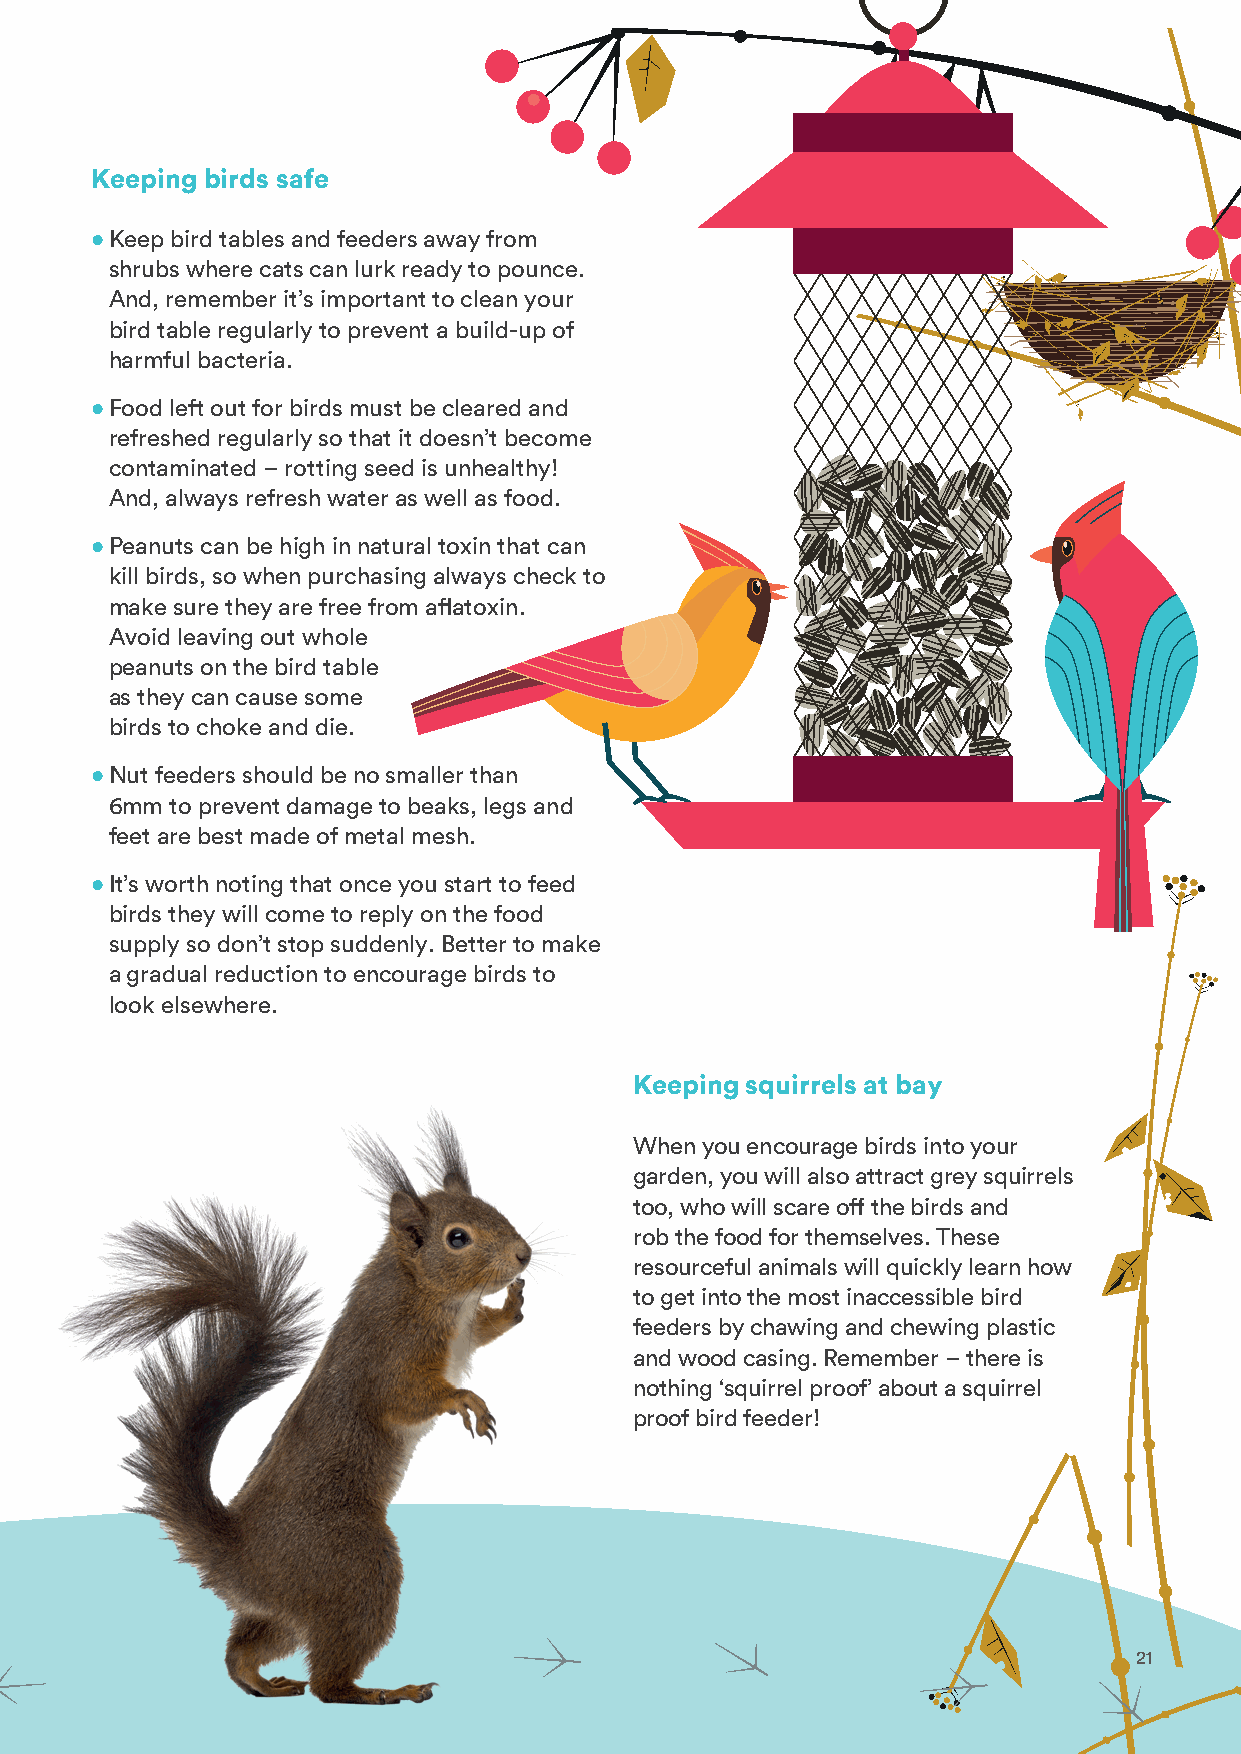
Keeping birds safe
 • Keep bird tables and feeders away from
 shrubs where cats can lurk ready to pounce.
 And, remember it’s important to clean your
 bird table regularly to prevent a build-up of
 harmful bacteria.
 • Food left out for birds must be cleared and
 refreshed regularly so that it doesn’t become
 contaminated – rotting seed is unhealthy!
 And, always refresh water as well as food.
 • Peanuts can be high in natural toxin that can
 kill birds, so when purchasing always check to
 make sure they are free from aflatoxin.
 Avoid leaving out whole
 peanuts on the bird table
 as they can cause some
 birds to choke and die.
 • Nut feeders should be no smaller than
 6mm to prevent damage to beaks, legs and
 feet are best made of metal mesh.
 • It’s worth noting that once you start to feed
 birds they will come to reply on the food
 supply so don’t stop suddenly. Better to make
 a gradual reduction to encourage birds to
 look elsewhere.
 Keeping squirrels at bay
 When you encourage birds into your
 garden, you will also attract grey squirrels
 too, who will scare off the birds and
 rob the food for themselves. These
 resourceful animals will quickly learn how
 to get into the most inaccessible bird
 feeders by chawing and chewing plastic
 and wood casing. Remember – there is
 nothing ‘squirrel proof’ about a squirrel
 proof bird feeder!
 2211